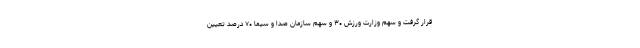
قرار گرفت و سهم وزارت ورزش ۳۰ و سهم سازمان صدا و سیما ۷۰ درصد تعیین